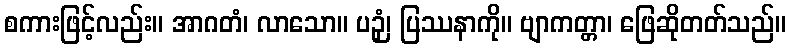
စကားဖြင့်လည်း။ အာဂတံ၊ လာသော။ ပဉှံ၊ ပြဿနာကို။ ဗျာကတ္တာ၊ ဖြေဆိုတတ်သည်။